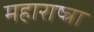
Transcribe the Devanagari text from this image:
महाराष्त्रा